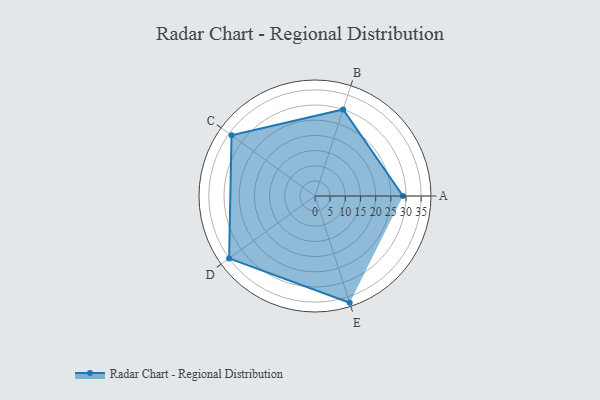
{"axis": {"x": "Skill", "y": "Score"}, "legend": ["Profile"], "data": [{"x": "A", "y": 29.0, "type": "Profile"}, {"x": "B", "y": 30.0, "type": "Profile"}, {"x": "C", "y": 34.0, "type": "Profile"}, {"x": "D", "y": 35.0, "type": "Profile"}, {"x": "E", "y": 37.0, "type": "Profile"}]}